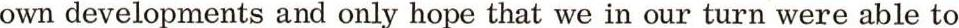
own developments and only hope that we in our turn were able to